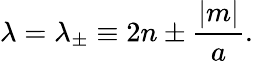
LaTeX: \lambda=\lambda_{\pm}\equiv 2n\pm{\frac{|m|}{a}}.